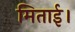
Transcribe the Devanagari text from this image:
मिताई।